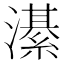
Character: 濝